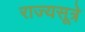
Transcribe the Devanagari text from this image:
राज्यसूत्रे